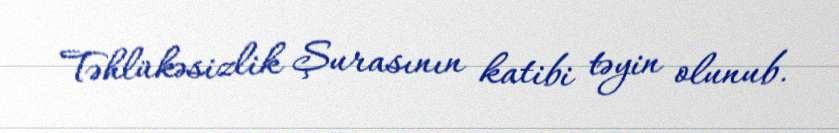
Təhlükəsizlik Şurasının katibi təyin olunub.